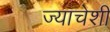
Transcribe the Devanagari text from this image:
ज्याचेशी